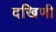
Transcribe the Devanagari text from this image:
दखिणी